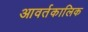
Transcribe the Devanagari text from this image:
आवर्तकालिक